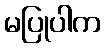
မပြုပါက